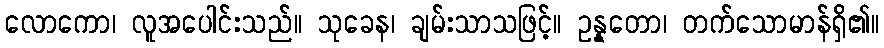
လောကော၊ လူအပေါင်းသည်။ သုခေန၊ ချမ်းသာသဖြင့်။ ဥန္နတော၊ တက်သောမာန်ရှိ၏။